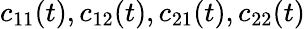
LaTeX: c_{11}(t),c_{12}(t),c_{21}(t),c_{22}(t)